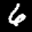
Label: 6